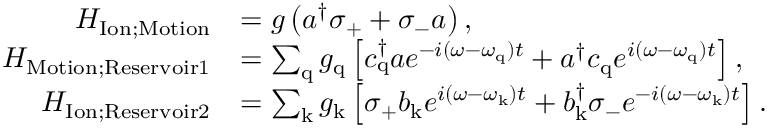
\begin{array} { r l } { H _ { \mathrm { I o n ; M o t i o n } } } & { = g \left( a ^ { \dagger } \sigma _ { \mathrm { + } } + \sigma _ { \mathrm { - } } a \right) , } \\ { H _ { \mathrm { M o t i o n ; R e s e r v o i r 1 } } } & { = \sum _ { \mathrm { q } } g _ { \mathrm { q } } \left[ c _ { \mathrm { q } } ^ { \dagger } a e ^ { - i ( \omega - \omega _ { \mathrm { q } } ) t } + a ^ { \dagger } c _ { \mathrm { q } } e ^ { i ( \omega - \omega _ { \mathrm { q } } ) t } \right] , } \\ { H _ { \mathrm { I o n ; R e s e r v o i r 2 } } } & { = \sum _ { \mathrm { k } } g _ { \mathrm { k } } \left[ \sigma _ { \mathrm { + } } b _ { \mathrm { k } } e ^ { i ( \omega - \omega _ { \mathrm { k } } ) t } + b _ { \mathrm { k } } ^ { \dagger } \sigma _ { \mathrm { - } } e ^ { - i ( \omega - \omega _ { \mathrm { k } } ) t } \right] . } \end{array}